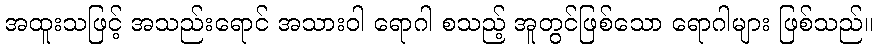
အထူးသဖြင့် အသည်းရောင် အသားဝါ ရောဂါ စသည့် အူတွင်ဖြစ်သော ရောဂါများ ဖြစ်သည်။